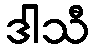
ဒါသီ